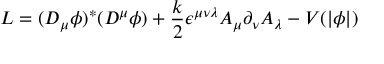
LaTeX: { \cal L } = ( D _ { \mu } \phi ) ^ { * } ( D ^ { \mu } \phi ) + \frac { k } { 2 } \epsilon ^ { \mu \nu \lambda } A _ { \mu } \partial _ { \nu } A _ { \lambda } - V ( \vert \phi \vert )